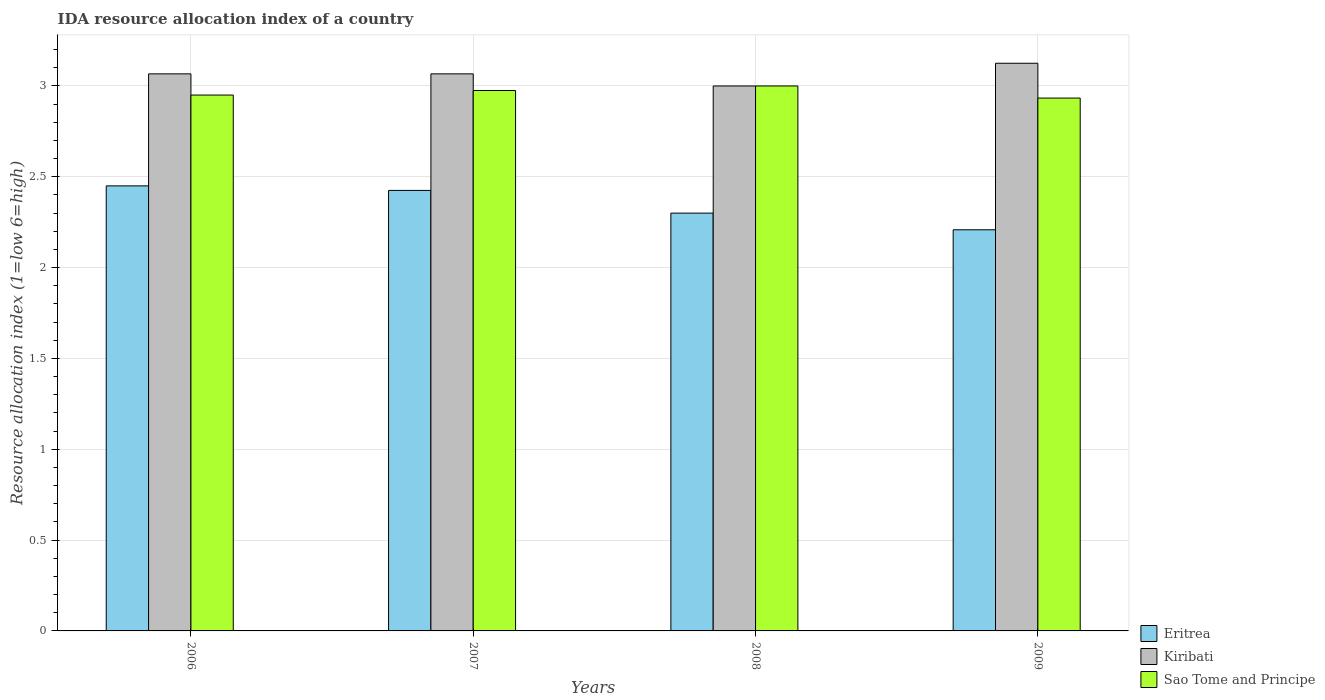
| Years | Eritrea | Kiribati | Sao Tome and Principe |
 | --- | --- | --- | --- |
 | 2006 | 2.45 | 3.07 | 2.95 |
 | 2007 | 2.42 | 3.07 | 2.98 |
 | 2008 | 2.3 | 3 | 3 |
 | 2009 | 2.21 | 3.12 | 2.93 |